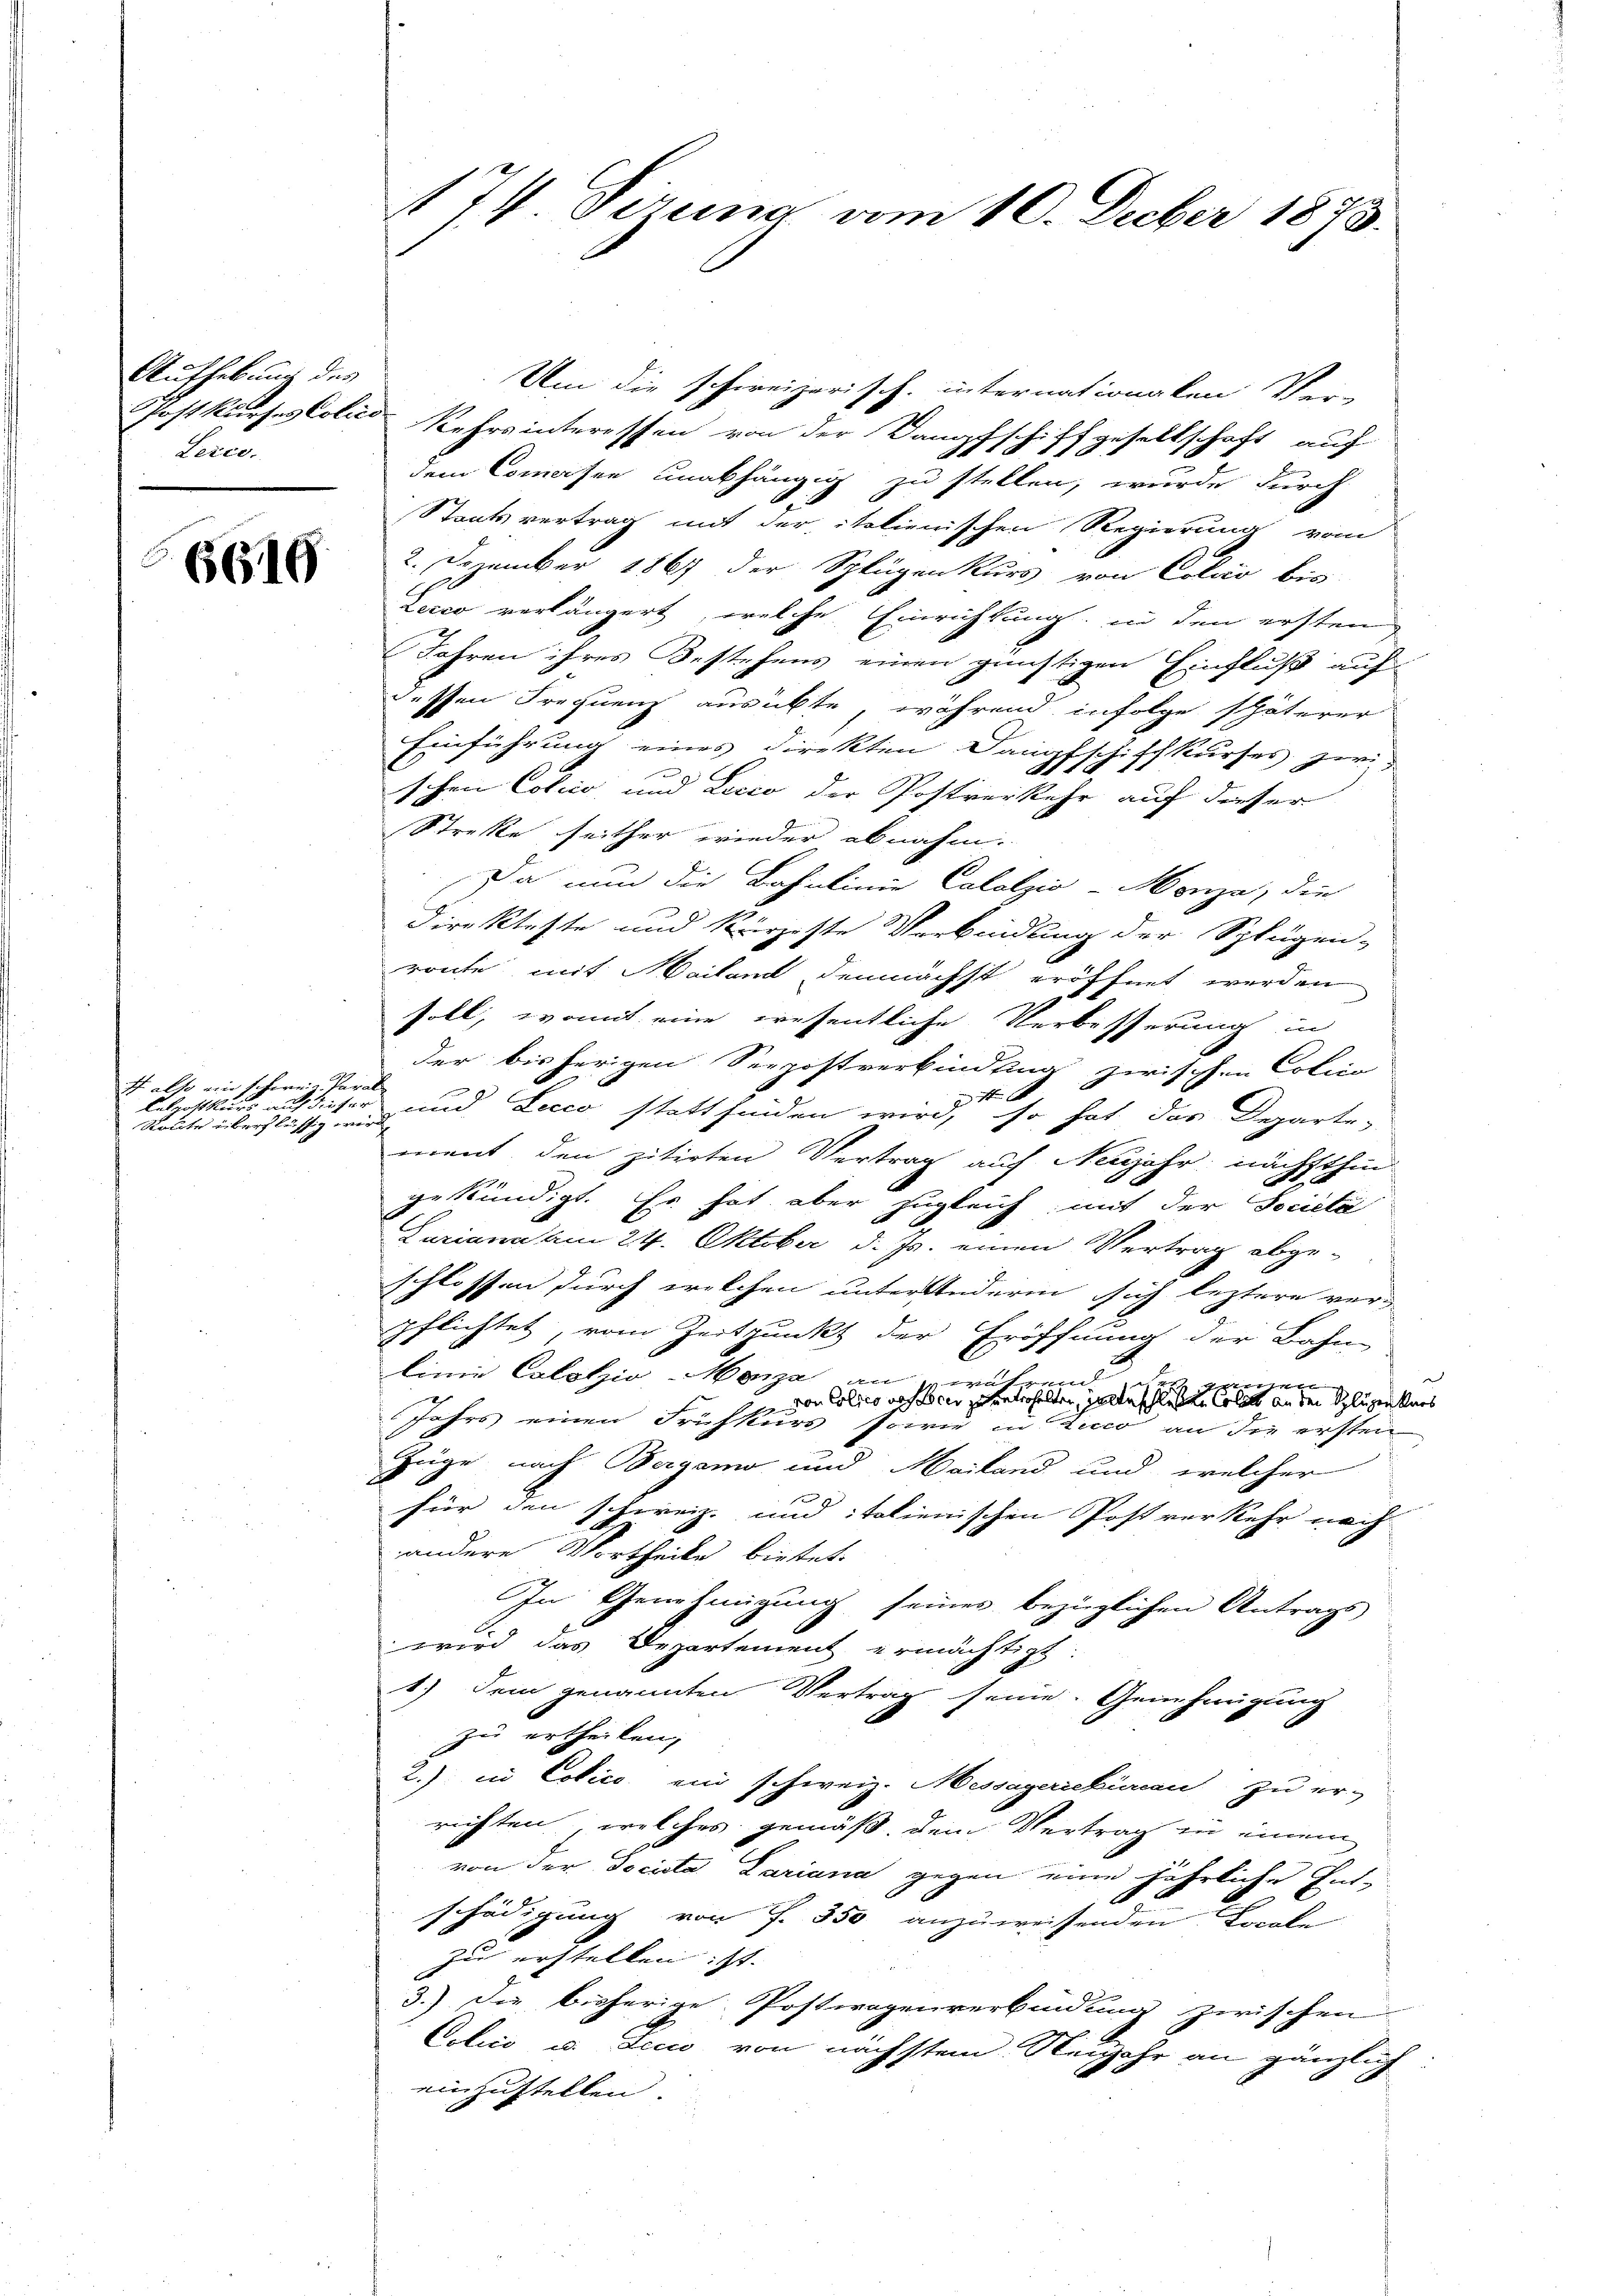
Aufhebung des
Lerco.

2
6616

1 also ein schweiz. Paral
Route überflüssig wird,

Um die schweizerisch-internationalen Ver-
Postkurses Colied Kehrsinteressen von der Dampfschiffgesellschaft auf
dem Comersee unabhängig zu stellen, wurde durch
Staatsvertrag mit der italienischen Regierung vom
2. Dezember 1867 der Splügenkurs von Colo bis
Zecco verlängert, welche Einrichtung, in den ersten
Jahren ihres Bestehens einen günstigen Einfluß auf
dessen Frequenz ausübte, während infolge späterer
Einführung eines Direkten Dampfschiffkurses zwi-
schen Cotico, und Lucco der Postverkehr auf dieser
Streke seither wieder abnahm.
Da nun die Bahnlinie Catalzio-Monza, die
direkteste und kürzeste Verbindung der Splügen-
route mit Mailand demnächst eröffnet werden
soll, womit eine wesentliche Verbesserung in
der bisherigen Seepostverbindung zwischen Colina
n
Lelpostkurs auf dieser und Lecco statt finden wird, so hat das Departe-
ment den zitirten Vertrag auf Neujahr nächsthin-
gekündigt. Es hat aber zugleich mit der Societa
Curiana am 24. Oktober d. Js. einen Vertrag abge-
schlossen durch welchen unterkinderen sich leztere verpflichtet, vom Zeitpunkt der Eröffnung der Bahn-
linie Cololzio Moza an
e
wuhren
ehe der ungen

von Colles erhalber entichelten, halterschlüssen Colett an den Splügenkars
Jahrs einen Frühkurs sowie in Zico an die ersten
Züge nach Bergamo und Mailand und welcher
für den schweiz. und italienischen Post verkehr nach
andere Vortheile bietet.
In Genehmigung seiner bezüglichen Antrags
wird das Departement ermächtigt
1.) Dem genannten Vertrag seine Genehmigung
zu ertheilen,
2.) in Codice ein schweiz. Messagerschüren zu er-
richten, welches gemäß, dem Vertrag in einem
von der Societa Cariana gegen eine jährliche Ent-
schädigung von f. 350 anzuweisenden Franke
zu erstellen ist. |
3.) Die bisherige Postwagenverbindung zwischen
Colico u. dicio von nächstem Neujahr an gänzlich
einzustellen.
x

174 Sirung vom 10. Decber 1873.